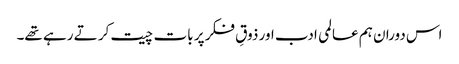
اس دوران ہم عالمی ادب اور ذوقِ فکر پر بات چیت کر تے رہے تھے۔